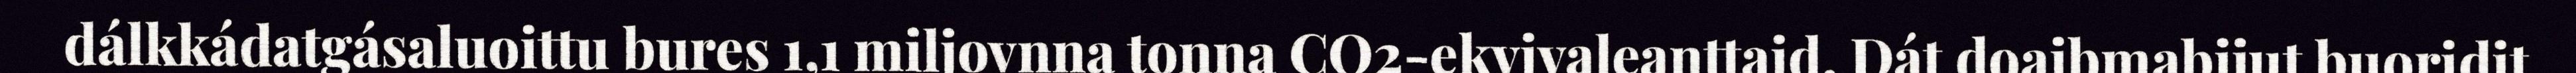
dálkkádatgásaluoittu bures 1,1 miljovnna tonna CO2-ekvivaleanttaid. Dát doaibmabijut buoridit